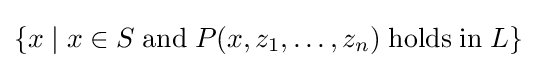
\{x\mid x\in S\;\mathrm {and} \;P(x,z_{1},\ldots ,z_{n})\;\mathrm {holds} \;\mathrm {in} \;L\}